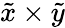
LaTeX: \tilde{x}\times\tilde{y}